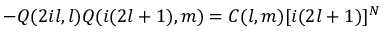
- Q ( 2 i l , l ) Q ( i ( 2 l + 1 ) , m ) = C ( l , m ) [ i ( 2 l + 1 ) ] ^ { N }